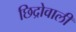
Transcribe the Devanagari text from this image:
छिद्रोवाली